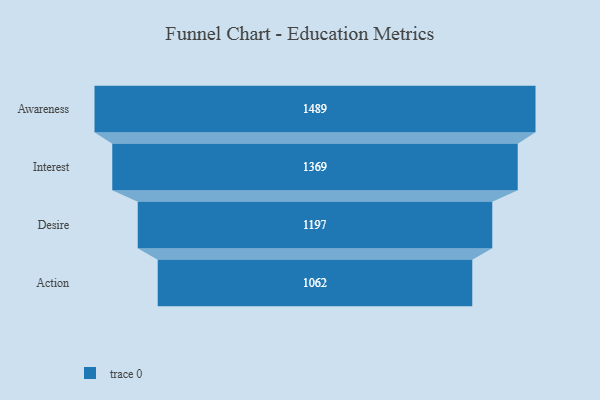
{"axis": {"x": "Stage", "y": "Value"}, "legend": [""], "data": [{"x": "Awareness", "y": 1489.0, "type": ""}, {"x": "Interest", "y": 1369.0, "type": ""}, {"x": "Desire", "y": 1197.0, "type": ""}, {"x": "Action", "y": 1062.0, "type": ""}]}